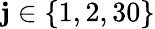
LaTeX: \mathbf{j}\in\{ 1,2,30\}